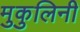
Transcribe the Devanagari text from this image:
मुकुलिनी